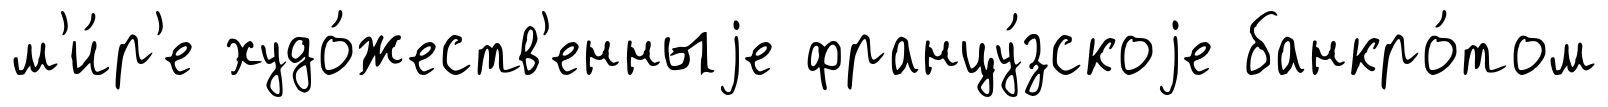
м'и́р'е худо́жеств'енныjе францу́зскоjе банкро́том